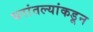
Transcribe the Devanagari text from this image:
घरांतल्यांकडून